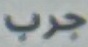
جرب